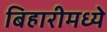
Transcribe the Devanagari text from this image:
बिहारीमध्ये